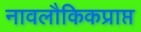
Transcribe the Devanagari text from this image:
नावलौकिकप्राप्त